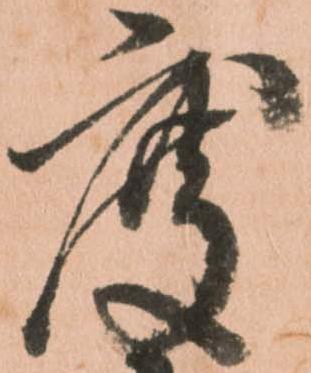
度